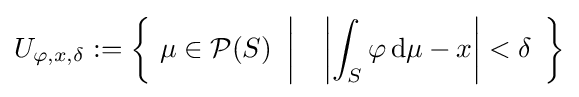
U_{\varphi ,x,\delta }:=\left\{\ \mu \in {\mathcal {P}}(S)\ \left|\quad \left|\int _{S}\varphi \,\mathrm {d} \mu -x\right|<\delta \ \right.\right\}